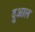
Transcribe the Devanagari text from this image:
दुआल